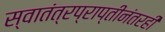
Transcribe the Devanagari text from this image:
स्वातंत्रप्राप्तीनंतरही